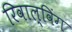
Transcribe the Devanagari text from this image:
रिवाल्विंग